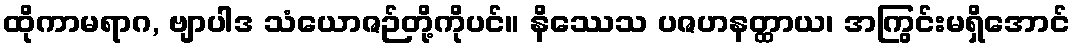
ထိုကာမရာဂ, ဗျာပါဒ သံယောဇဉ်တို့ကိုပင်။ နိဿေသ ပဇဟနတ္ထာယ၊ အကြွင်းမရှိအောင်